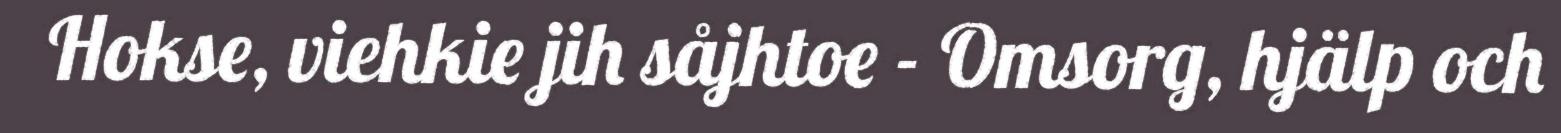
Hokse, viehkie jih såjhtoe - Omsorg, hjälp och